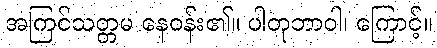
အကြင်သတ္တမ နေဝန်း၏။ ပါတုဘာဝါ၊ ကြောင့်။